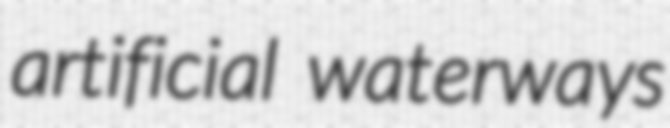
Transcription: artificial waterways